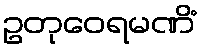
ဥတုဝေရမဏိံ